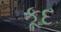
કૂદ